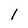
Character: l